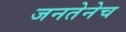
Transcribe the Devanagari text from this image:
जनतेनेच